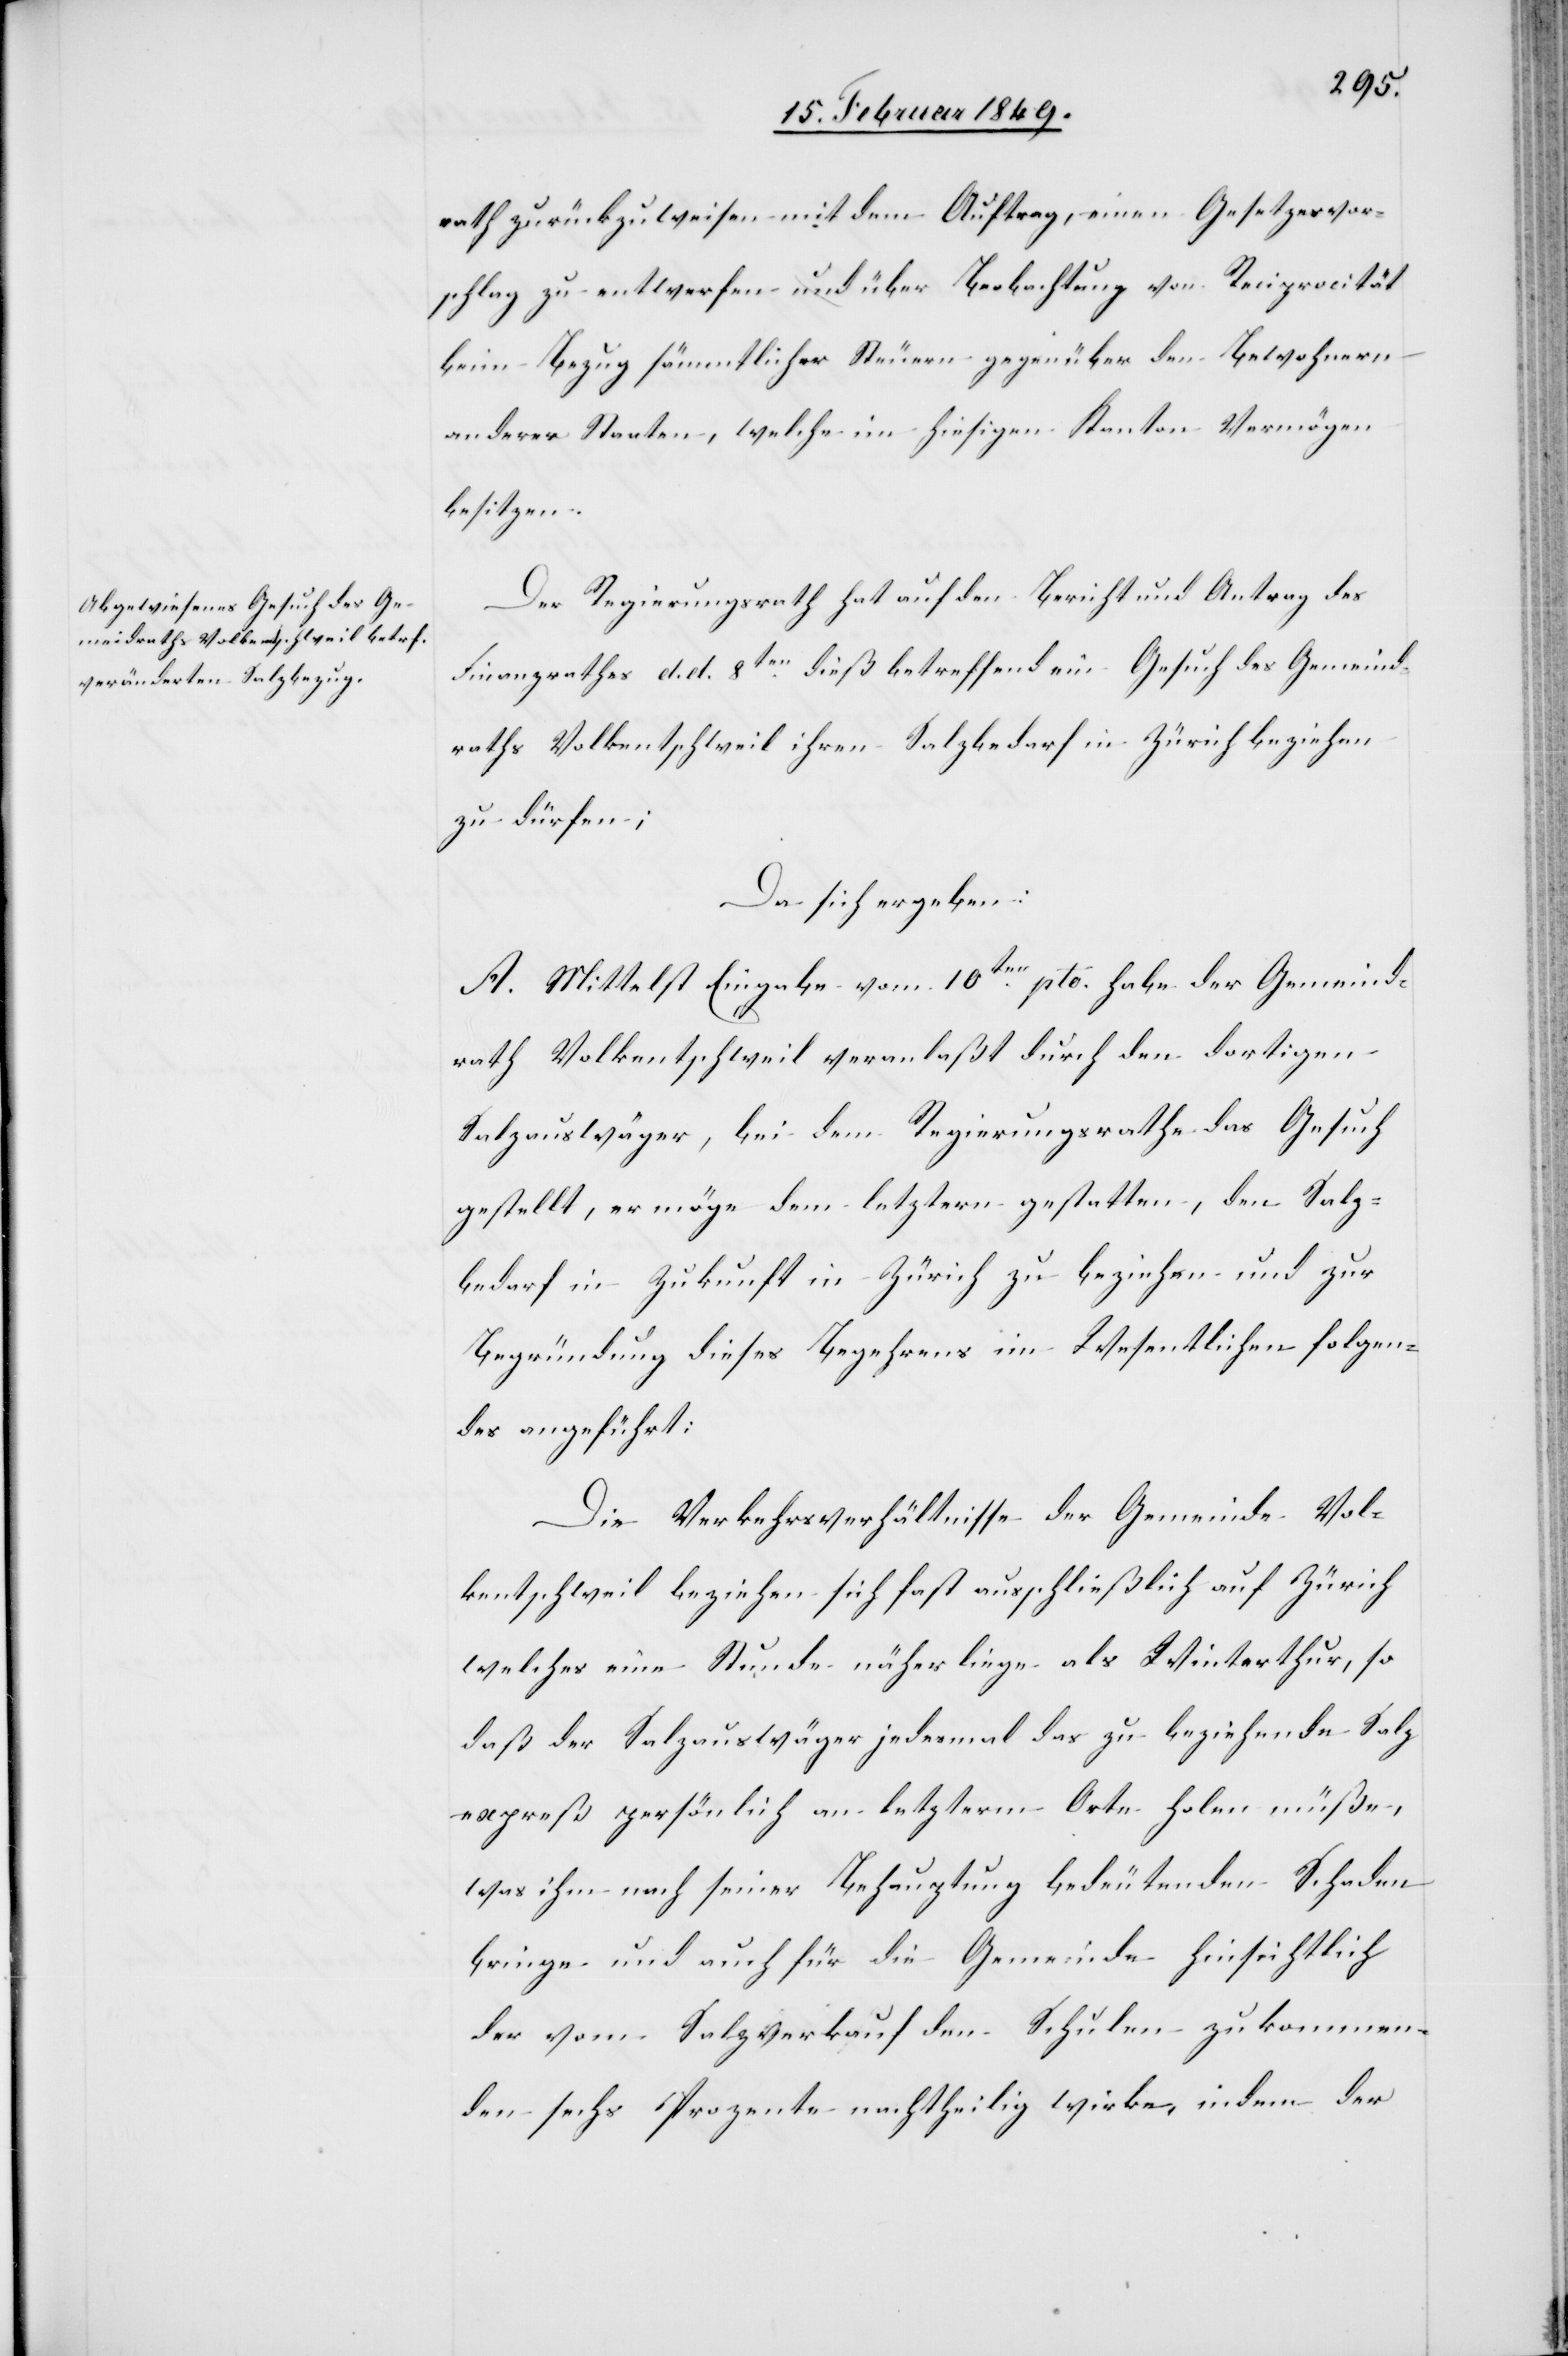
rath zurückzuweisen mit dem Auftrag, einen Gesetzesvor¬
schlag zu entwerfen und über Beobachtung von Reciprocität
beim Bezug sämmtlicher Steuern gegenüber den Bewohnern
anderer Staaten, welche im hiesigen Kanton Vermögen
besitzen.
Der Regierungsrath hat auf den Bericht und Antrag des
Finanzrathes d. d. 8ten. dieß betreffend ein Gesuch des Gemeind¬
raths Volkentschweil ihren Salzbedarf in Zürich beziehen
zu dürfen;
Da sich ergeben:
A. Mittelst Eingabe vom 10ten. pto. habe der Gemeind¬
rath Volkentschweil veranlaßt durch den dortigen
Salzauswäger, bei dem Regierungsrathe das Gesuch
gestellt, er möge dem letztern gestatten, den Salz¬
bedarf in Zukunft in Zürich zu beziehen und zur
Begründung dieses Begehrens im Wesentlichen folgen¬
des angeführt:
Die Verkehrsverhältnisse der Gemeinde Vol¬
kentschweil beziehen sich fast ausschließlich auf Zürich
welches eine Stunde näher liege als Winterthur, so
daß der Salzauswäger jedesmal das zu beziehende Salz
expreß persönlich an letzterm Orte holen müße,
was ihm nach seiner Behauptung bedeutenden Schaden
bringe und auch für die Gemeinde hinsichtlich
der vom Salzverkauf den Schulen zukommen¬
den sechs Prozente nachtheilig wirke, indem der